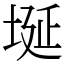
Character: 埏